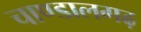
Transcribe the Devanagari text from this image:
चाण्डालगढ़